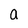
Character: a